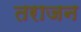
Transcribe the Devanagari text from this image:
तराजन